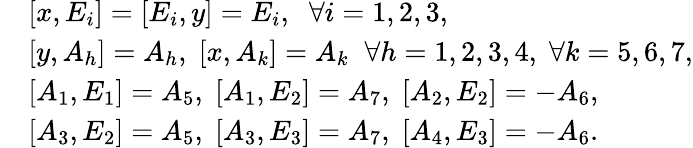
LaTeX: \begin{array}{rl}&{[x,E_{i}]=[E_{i},y]=E_{i},\; \; \forall i=1,2,3,}\\ &{[y,A_{h}]=A_{h},\; [x,A_{k}]=A_{k}\; \; \forall h=1,2,3,4,\; \forall k=5,6,7,}\\ &{[A_{1},E_{1}]=A_{5},\; [A_{1},E_{2}]=A_{7},\; [A_{2},E_{2}]=-A_{6},}\\ &{[A_{3},E_{2}]=A_{5},\; [A_{3},E_{3}]=A_{7},\; [A_{4},E_{3}]=-A_{6}.}\end{array}